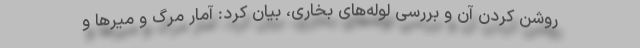
روشن کردن آن و بررسی لوله‌های بخاری، بیان کرد: آمار مرگ و میرها و